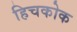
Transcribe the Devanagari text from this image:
हिचकोक